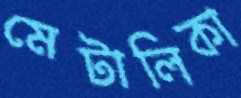
মেটালিকা